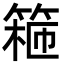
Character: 篐